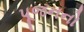
પૂજનનો